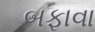
બફાવા